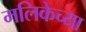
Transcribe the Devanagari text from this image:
मलिकेच्या